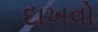
દાખવો